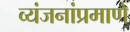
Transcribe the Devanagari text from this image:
व्यंजनांप्रमाणे